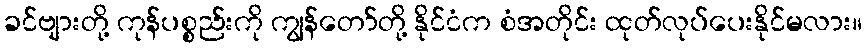
ခင်ဗျားတို့ ကုန်ပစ္စည်းကို ကျွန်တော်တို့ နိုင်ငံက စံအတိုင်း ထုတ်လုပ်ပေးနိုင်မလား။